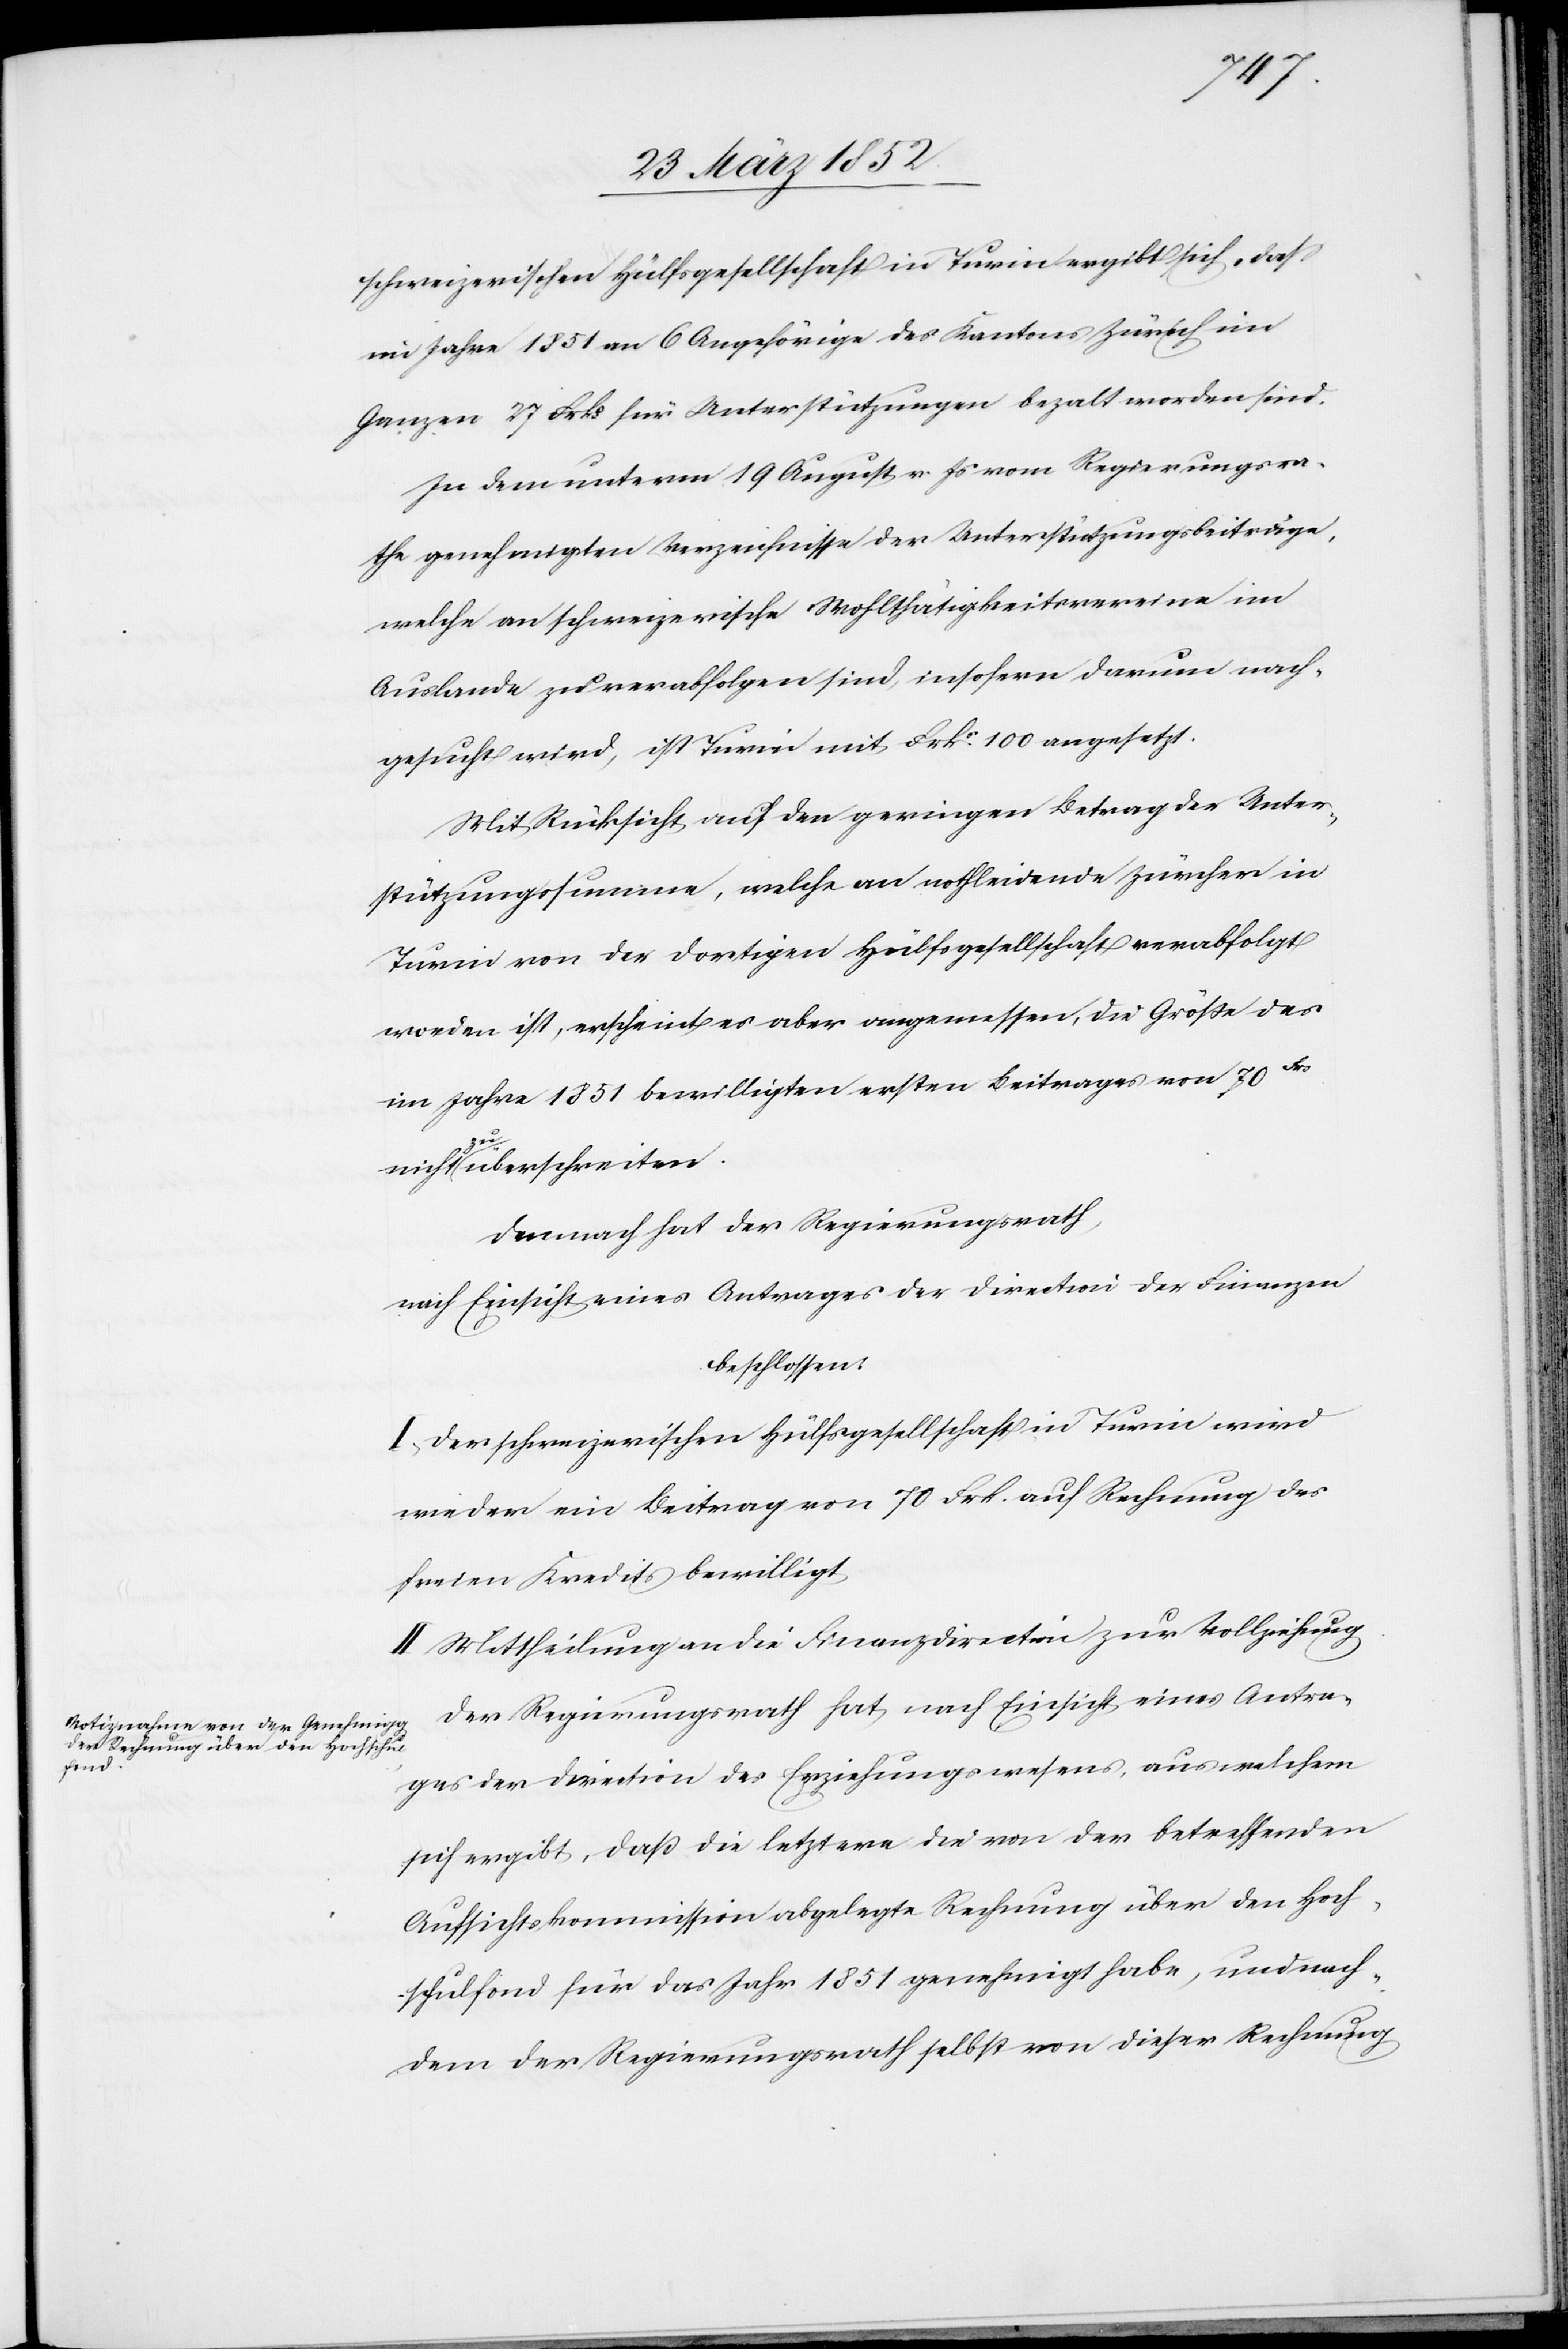
schweizerischen Hülfsgesellschaft in Turin ergibt sich, daß
im Jahre 1851 an 6 Angehörige des Kantons Zürich im
Ganzen 27 Frks für Unterstützungen bezalt worden sind.
In dem unterm 19 August v. Js vom Regierungsra¬
the genehmigten Verzeichnisse der Unterstützungsbeiträge,
welche an schweizerische Wohlthätigkeitsvereine im
Auslande zu verabfolgen sind, insofern darum nach¬
gesucht wird, ist Turin mit Frks 100 angesetzt.
Mit Rücksicht auf den geringen Betrag der Unter¬
stützungssumme, welche an nothleidende Zürcher in
Turin von der dortigen Hülfsgesellschaft verabfolgt
worden ist, erscheint es aber angemessen, die Größe des
im Jahre bewilligten ersten Beitrages von 70Frc
nicht zu überschreiten.
Demnach hat der Regierungsrath,
nach Einsicht eines Antrages der Direction der Finanzen
beschlossen.
I. Der schweizerischen Hülfsgesellschaft in Turin wird
wieder ein Beitrag von 70 Frk. auf Rechnung des
freien Kredits bewilligt.
II. Mittheilung an die Finanzdirection zur Vollziehung.
Der Regierungsrath hat nach Einsicht eines Antra¬
ges der Direction des Erziehungswesens aus welchem
sich ergibt, daß die letztere die von der betreffenden
Aufsichtskommission abgelegte Rechnung über den Hoch¬
schulfond für das Jahr 1851 genehmigt habe, und nach
dem der Regierungsrath selbst von dieser Rechnung